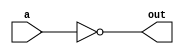
module RTL_inverter (
    input wire a,
    output wire out
);

assign out = ~a;

endmodule